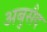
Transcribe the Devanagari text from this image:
अबुसैद